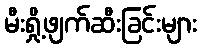
မီးရှို့ဖျက်ဆီးခြင်းများ